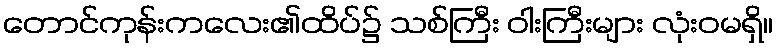
တောင်ကုန်းကလေး၏ထိပ်၌ သစ်ကြီး ဝါးကြီးများ လုံးဝမရှိ။